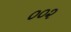
૦૦૨